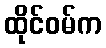
ထိုင်ဝမ်က